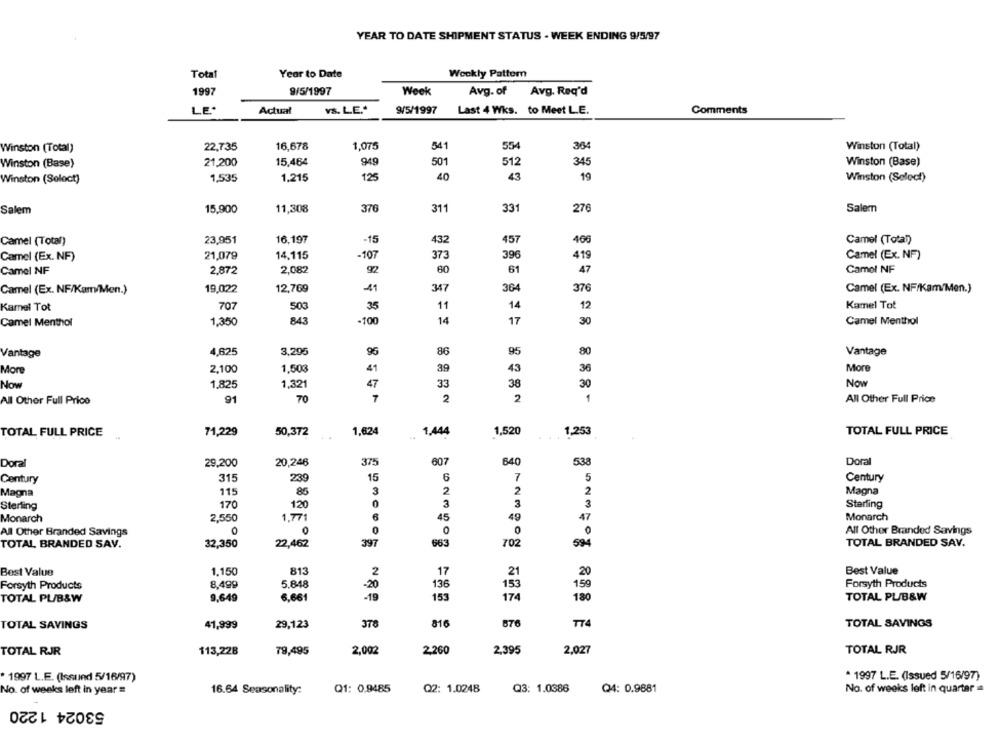
YEAR TO DATE SHIPMENT STATUS - WEEK ENDING 9/5/97
Total
Year to Date
Weekly Pattern
1997
9/5/1997
Week
Avg. of
Avg. Req'd
LE*
Actual
v&. L.E .*
9/5/1997
Last 4 Wks. to Meet L.E.
Comments
Winston (Total)
22,735
16,678
1,075
541
554
364
Winston (Total)
Winston (Base)
21,200
15,464
949
501
512
345
Winston (Base)
Winston (Soloct)
1,535
1,215
125
40
43
19
Winston (Select)
376
311
Salem
15,900
11,308
331
276
Salem
Camel (Total)
23,951
16,197
-15
432
457
406
Camel (Total)
Camel (Ex. NF)
21,079
14.115
-107
373
396
419
Camel (Ex. NF)
Camel NF
2,872
2,082
60
61
47
Camel NF
Camel (Ex. NF/Kam/Men.)
19,022
12,769
-41
347
364
376
Camel (Ex. NF/Kam/Men.)
500
Kamel Tot
Kamel Tot
707
35
11
14
12
-100
14
Camel Menthol
Camel Menthol
1,350
843
17
30
86
Vantage
4,625
3,205
96
95
80
Vantage
Mon
2,100
1,503
41
39
43
36
More
Now
1,825
1,321
47
33
38
30
Now
All Other Full Price
91
70
7
2
2
1
All Other Full Price
1,624
1.444
1,520
TOTAL FULL PRICE
TOTAL FULL PRICE
71,229
50,372
1,253
375
607
640
Doral
Doral
29,200
20,246
538
Century
315
239
15
7
5
Century
3
2
Magna
115
86
2
2
Magna
170
120
3
3
Sterling
Sterling
Monarch
2,550
1,771
6
45
49
Monarch
All Other Branded Savings
0
All Other Branded Savings
397
TOTAL BRANDED SAV.
32,350
22,462
663
702
594
TOTAL BRANDED SAV.
Best Value
1.150
813
2
17
21
20
Best Value
Forsyth Products
8,499
5.848
-20
136
153
159
Forsyth Products
TOTAL PL/B&W
9,649
6.661
-19
153
174
180
TOTAL PL/B&W
41,999
29,123
378
816
676
T74
TOTAL SAVINGS
TOTAL SAVINGS
TOTAL RJR
113,228
79,495
2,002
2,260
2,395
2,027
TOTAL RJR
1997 L.E. (Issund 5/16/97)
* 1997 L.E. (Issued 5/16/97)
No. of weeks left in year =
16.64 Seasonality:
Q1: 0.9485
Q2: 1.0248
Q3: 1.0386
Q4: 0.9881
No. of weeks left in quartar .
53024 1220